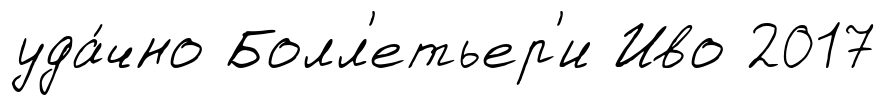
уда́чно Болл'етьер'и Иво 2017